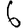
Digit: 6